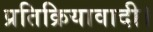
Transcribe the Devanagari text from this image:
प्रतिक्रियावादी।